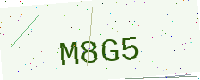
Text: M8G5